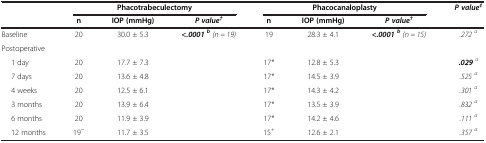
| <ROWSPAN=2>  | <COLSPAN=3> Phacotrabeculectomy | <COLSPAN=3> Phacocanaloplasty | <ROWSPAN=2> P value‡ |
 | n | IOP (mmHg) | P value† | n | IOP (mmHg) | P value† |
 | --- | --- | --- | --- | --- | --- | --- | --- |
 | Baseline | 20 | 30.0 ± 5.3 | <ROWSPAN=2> <.0001 b(n = 19) | 19 | 28.3 ± 4.1 | <ROWSPAN=2> <.0001 b(n = 15) | .272a |
 | Postoperative |  |  |  |  |  |
 | 1 day | 20 | 17.7 ± 7.3 |  | 17* | 12.8 ± 5.3 |  | .029a |
 | 7 days | 20 | 13.6 ± 4.8 |  | 17* | 14.5 ± 3.9 |  | .525a |
 | 4 weeks | 20 | 12.5 ± 6.1 |  | 17* | 14.3 ± 4.2 |  | .301a |
 | 3 months | 20 | 13.9 ± 6.4 |  | 17* | 13.5 ± 3.9 |  | .832a |
 | 6 months | 20 | 11.9 ± 3.9 |  | 17* | 14.2 ± 4.6 |  | .111a |
 | 12 months | 19~ | 11.7 ± 3.5 |  | 15+ | 12.6 ± 2.1 |  | .357a |